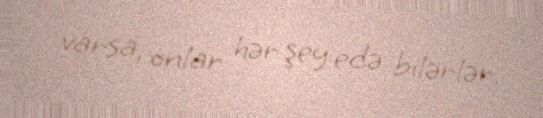
varsa, onlar hər şey edə bilərlər.